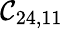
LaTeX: \mathcal{C}_{24,11}